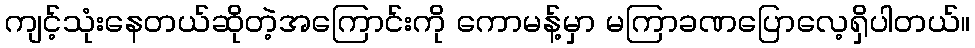
ကျင့်သုံးနေတယ်ဆိုတဲ့အကြောင်းကို ကောမန့်မှာ မကြာခဏပြောလေ့ရှိပါတယ်။